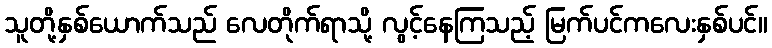
သူတို့နှစ်ယောက်သည် လေတိုက်ရာသို့ လွင့်နေကြသည့် မြက်ပင်ကလေးနှစ်ပင်။